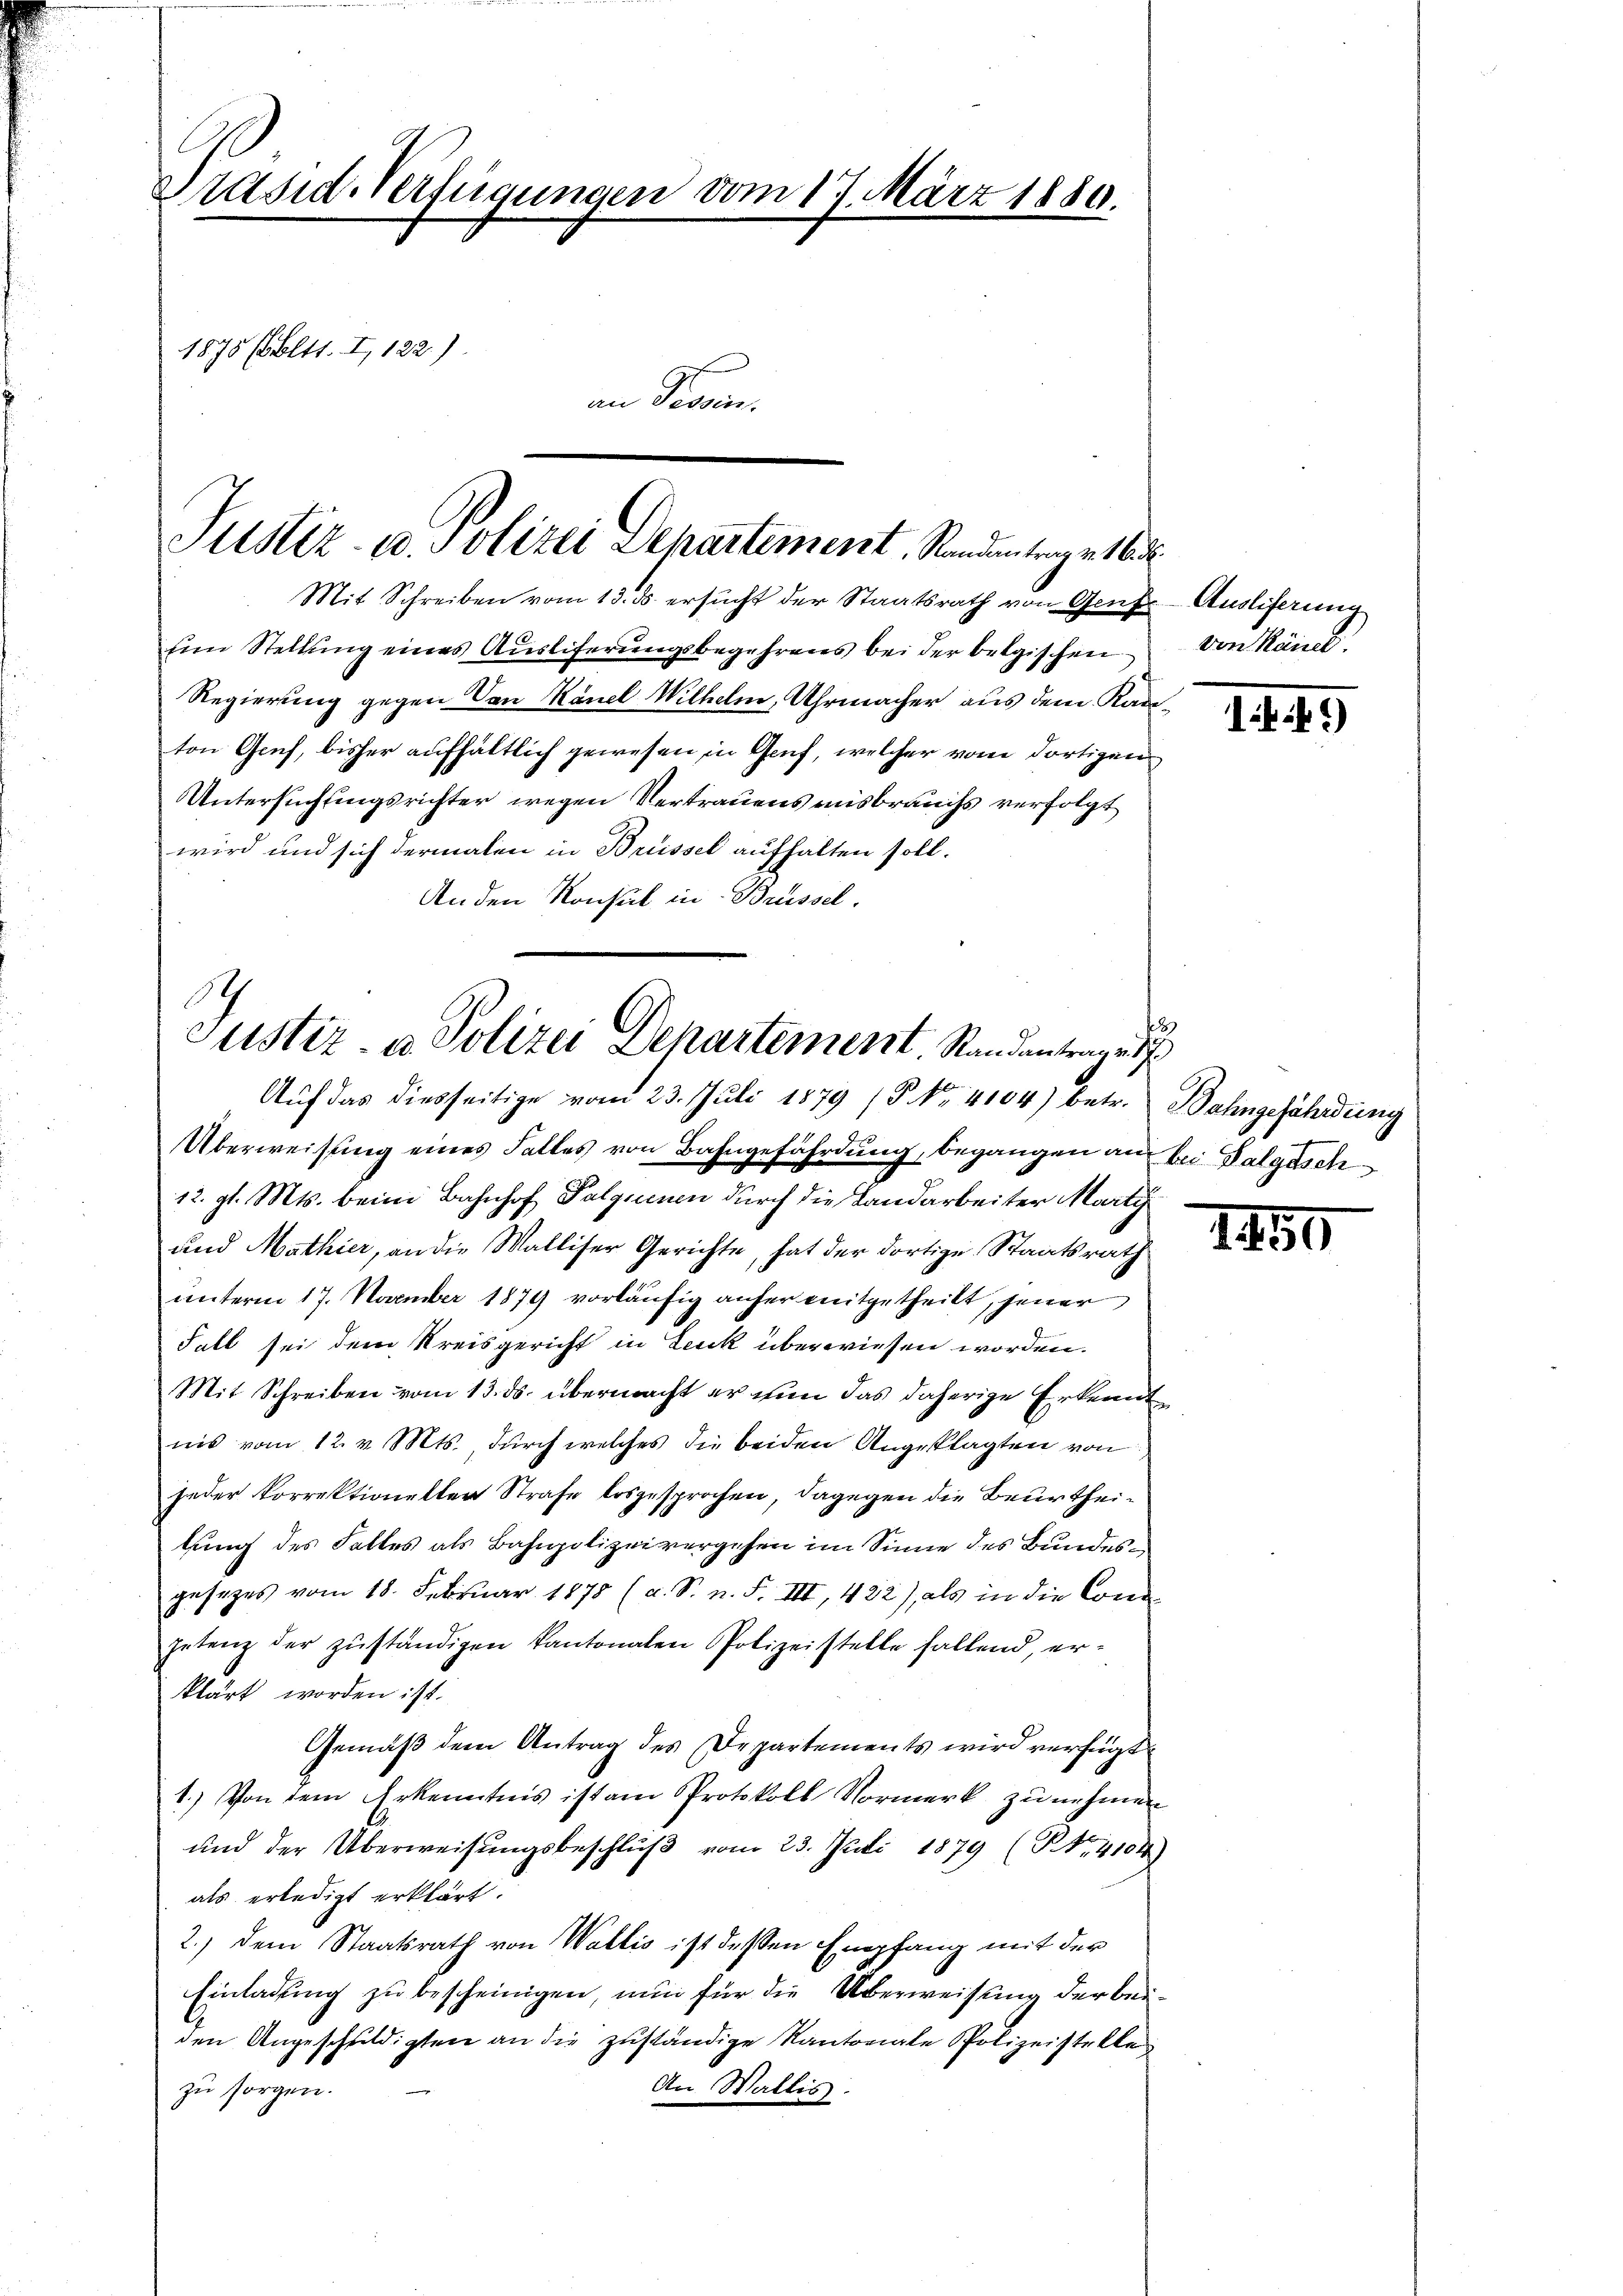
Präsid. Verfügungen vom 17. März 1880.
1875 (bltt. I, 122.)
an Serien.

Justiz- u. Polizei Departement Randentragetl.

Mit Schreiben vom 13. ds. ersucht der Staatsrath von Genf
Ein Stellung eines Ausliferungsbegehrens bei der belgischen
Regierung gegen Von Känel Wilhelm, Uhrmacher aus dem Kanton Genf, bisher aufhältlich gewesen in Genf, welcher vom dortigen
Untersuchungsrichter wegen Vertrauens misbrauchs verfolgt
wird und sich dermalen in Brüssel aufhalten soll.
Anden Konsul in Brüssel.

Justiz- u. Polizei Departement Randantrages
Auf das diesseitige vom 23. Juli 1879 (§. No. 4104) betr. Bahngefährdung

Überweisung eines Falles von Bahngefährdung, begangen auf bei Galgesch
12. gl. Mts. beim Bahnhof Palqnenen durch die Landarbeiter Marty
und Mathier, an die Walliser Gerichte, hat der dortige Staatsrath
unterm 17. November 1879 vorläufig anfer mitgetheilt, jener
Fall sei dem Kreisgericht in Leuk überwiesen worden.
Mit Schreiben vom 13. ds. übermacht er nun das daherige Erkennt
nis vom 12. v. Mts., durch welches die beiden Angeklagten von
jeder Korrektioneller Strafe losgesprochen, dagegen die Beurtheitung des Falles als Bahnpolizeivergehen im Sinne des Bundesgesetzes vom 18. Februar 1878 (a. S. n. F. III, 422), als in die Con¬
Ietenz der zŭständigen kantonalen Polizeistelle fallend, er-
klärt worden ist.
Gemäß dem Antrag des Departements wird verfügt
1.) Von dem Erkenntnis ist am Protokoll Vormerk zu nehmen
und der Überweisŭngsbeschlŭβ vom 23. Juli 1879 (NNo. 4104)
als erledigt erklärt.
2.) Dem Staatsrath von Wallis ist dessen Empfang mit der
Einladung zu bescheinigen, nun für die Überweisung der beiden Angeschuldigten an die zuständige Kantonale Polizeistelle
An Wallis.
zu sorgen.

2

Ausliferung
von Känel.

II. 4

1850